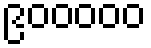
၉၀၀၀၀၀